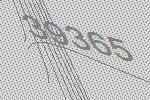
39365